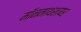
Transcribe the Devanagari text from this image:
मॉनमाथशायर